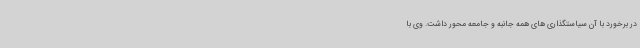
در برخورد با آن سیاستگذاری های همه جانبه و جامعه محور داشت. وی با